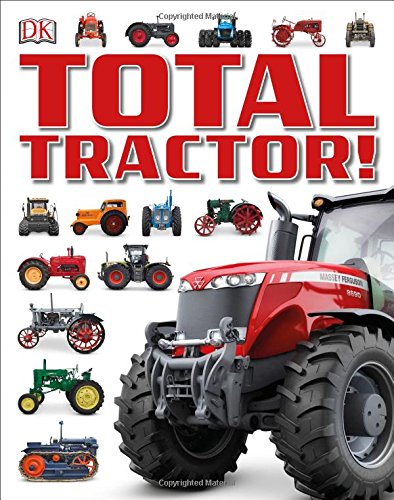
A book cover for Total Tractor!; DK; Children's Books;